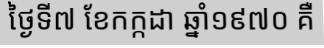
ថ្ងៃទី៧ ខែកក្កដា ឆ្នាំ១៩៧០ គឺ